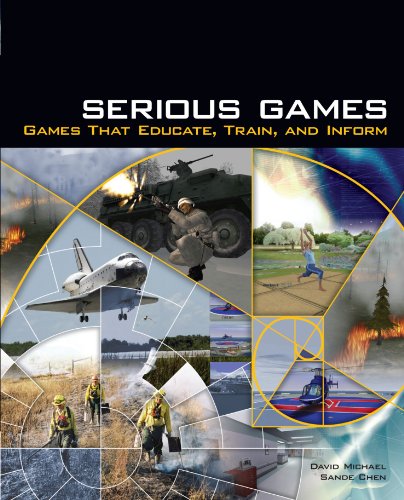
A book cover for Serious Games: Games That Educate, Train, and Inform; David Michael; Computers & Technology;